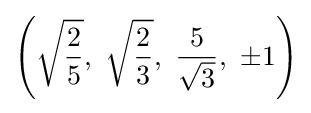
\left({\sqrt {\frac {2}{5}}},\ {\sqrt {\frac {2}{3}}},\ {\frac {5}{\sqrt {3}}},\ \pm 1\right)